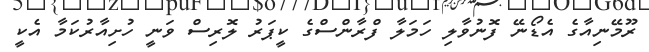
ރޫމޭނިއާގެ އެޑޯނޭ ފޮނުވާލި ހަމަލާ ފްރާންސްގެ ކީޕަރު ލޮރިސް ވަނީ ހުށިއާރުކަމާ އެކީ